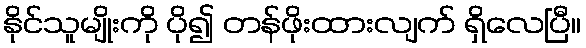
နိုင်သူမျိုးကို ပို၍ တန်ဖိုးထားလျက် ရှိလေပြီ။